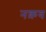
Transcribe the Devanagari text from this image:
नक़व